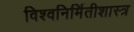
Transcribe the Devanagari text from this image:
विश्वनिर्मितीशास्त्र